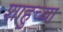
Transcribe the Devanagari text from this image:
शाहुच्या